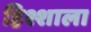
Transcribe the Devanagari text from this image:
हिश्शाला